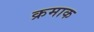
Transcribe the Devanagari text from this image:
क्रमाक